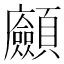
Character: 𩖆